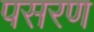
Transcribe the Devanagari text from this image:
पसरण